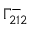
\Gamma _ { 2 1 2 } ^ { - }